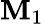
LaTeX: \mathbf{M}_{1}